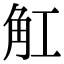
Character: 𧢸